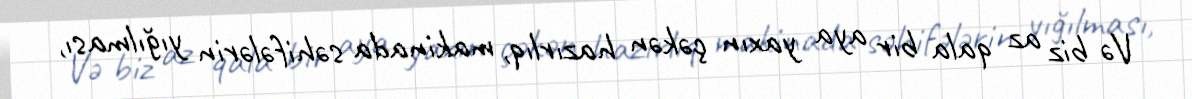
Və biz az qala bir aya yaxın çəkən hazırlıq, makinada səhifələrin yığılması,